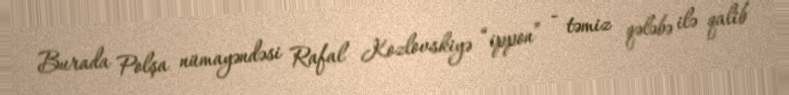
Burada Polşa nümayəndəsi Rafal Kozlovskiyə “ippon” - təmiz qələbə ilə qalib